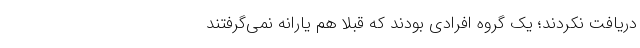
دریافت نکردند؛ یک گروه افرادی بودند که قبلاً هم یارانه نمی‌گرفتند